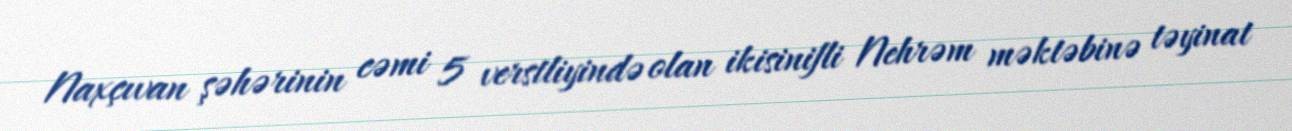
Naxçıvan şəhərinin cəmi 5 verstliyində olan ikisinifli Nehrəm məktəbinə təyinat